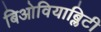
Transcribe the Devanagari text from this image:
बिओवियाब्लिटी